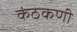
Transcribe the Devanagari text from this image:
कंठकणी